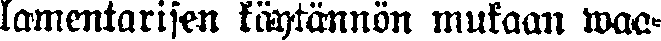
lamentarisen käytännön mukaan waa-